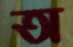
অ